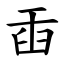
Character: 臿